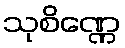
သုစိဏ္ဏေ